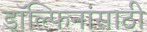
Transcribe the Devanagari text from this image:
डॉल्फिनांसाठी